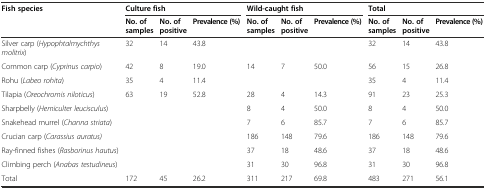
| <ROWSPAN=2> Fish species | <COLSPAN=3> Culture fish | <COLSPAN=3> Wild-caught fish | <COLSPAN=3> Total |
 | No. of samples | No. of positive | Prevalence (%) | No. of samples | No. of positive | Prevalence (%) | No. of samples | No. of positive | Prevalence (%) |
 | --- | --- | --- | --- | --- | --- | --- | --- | --- | --- |
 | Silver carp (Hypophtalmychthys molitrix) | 32 | 14 | 43.8 |  |  |  | 32 | 14 | 43.8 |
 | Common carp (Cyprinus carpio) | 42 | 8 | 19.0 | 14 | 7 | 50.0 | 56 | 15 | 26.8 |
 | Rohu (Labeo rohita) | 35 | 4 | 11.4 |  |  |  | 35 | 4 | 11.4 |
 | Tilapia (Oreochromis niloticus) | 63 | 19 | 52.8 | 28 | 4 | 14.3 | 91 | 23 | 25.3 |
 | Sharpbelly (Hemiculter leucisculus) |  |  |  | 8 | 4 | 50.0 | 8 | 4 | 50.0 |
 | Snakehead murrel (Channa striata) |  |  |  | 7 | 6 | 85.7 | 7 | 6 | 85.7 |
 | Crucian carp (Carassius auratus) |  |  |  | 186 | 148 | 79.6 | 186 | 148 | 79.6 |
 | Ray-finned fishes (Rasborinus hautus) |  |  |  | 37 | 18 | 48.6 | 37 | 18 | 48.6 |
 | Climbing perch (Anabas testudineus) |  |  |  | 31 | 30 | 96.8 | 31 | 30 | 96.8 |
 | Total | 172 | 45 | 26.2 | 311 | 217 | 69.8 | 483 | 271 | 56.1 |